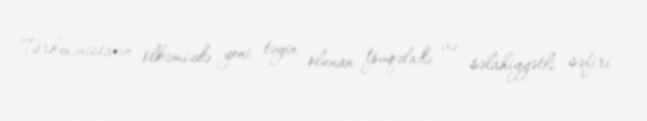
Türkmənistanın ölkəmizdə yeni təyin olunan fövqəladə və səlahiyyətli səfiri